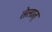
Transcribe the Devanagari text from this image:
तेलात्